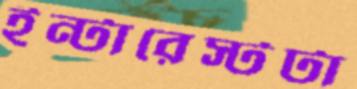
ইন্টারেস্টটা